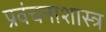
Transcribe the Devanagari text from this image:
प्रवंचनाशास्त्र